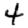
Digit: 4